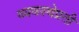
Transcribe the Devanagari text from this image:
व्यवस्थेप्रती